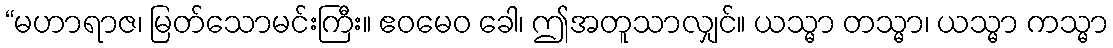
“မဟာရာဇ၊ မြတ်သောမင်းကြီး။ ဧဝမေဝ ခေါ၊ ဤအတူသာလျှင်။ ယသ္မာ တသ္မာ၊ ယသ္မာ ကသ္မာ